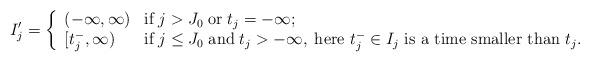
LaTeX: \begin{align*} I'_j = \left\{\begin{array}{ll} (-\infty,\infty) & \hbox{if}\; j > J_0\; \hbox{or}\; t_j = - \infty;\cr [t_j^-, \infty) & \hbox{if}\; j \leq J_0\; \hbox{and}\; t_j > -\infty, \; \hbox{here $t_j^- \in I_j$ is a time smaller than $t_j$}. \end{array}\right.\end{align*}